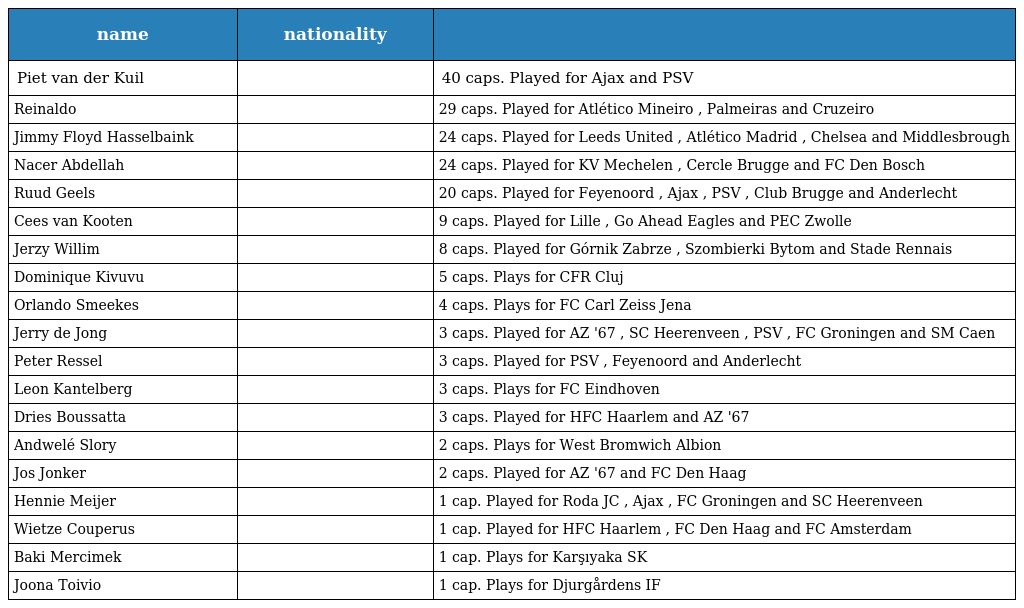
| name | nationality |  |
 | --- | --- | --- |
 | Piet van der Kuil |  | 40 caps. Played for Ajax and PSV |
 | Reinaldo |  | 29 caps. Played for Atlético Mineiro , Palmeiras and Cruzeiro |
 | Jimmy Floyd Hasselbaink |  | 24 caps. Played for Leeds United , Atlético Madrid , Chelsea and Middlesbrough |
 | Nacer Abdellah |  | 24 caps. Played for KV Mechelen , Cercle Brugge and FC Den Bosch |
 | Ruud Geels |  | 20 caps. Played for Feyenoord , Ajax , PSV , Club Brugge and Anderlecht |
 | Cees van Kooten |  | 9 caps. Played for Lille , Go Ahead Eagles and PEC Zwolle |
 | Jerzy Willim |  | 8 caps. Played for Górnik Zabrze , Szombierki Bytom and Stade Rennais |
 | Dominique Kivuvu |  | 5 caps. Plays for CFR Cluj |
 | Orlando Smeekes |  | 4 caps. Plays for FC Carl Zeiss Jena |
 | Jerry de Jong |  | 3 caps. Played for AZ '67 , SC Heerenveen , PSV , FC Groningen and SM Caen |
 | Peter Ressel |  | 3 caps. Played for PSV , Feyenoord and Anderlecht |
 | Leon Kantelberg |  | 3 caps. Plays for FC Eindhoven |
 | Dries Boussatta |  | 3 caps. Played for HFC Haarlem and AZ '67 |
 | Andwelé Slory |  | 2 caps. Plays for West Bromwich Albion |
 | Jos Jonker |  | 2 caps. Played for AZ '67 and FC Den Haag |
 | Hennie Meijer |  | 1 cap. Played for Roda JC , Ajax , FC Groningen and SC Heerenveen |
 | Wietze Couperus |  | 1 cap. Played for HFC Haarlem , FC Den Haag and FC Amsterdam |
 | Baki Mercimek |  | 1 cap. Plays for Karşıyaka SK |
 | Joona Toivio |  | 1 cap. Plays for Djurgårdens IF |